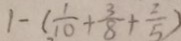
1 - ( \frac { 1 } { 1 0 } + \frac { 3 } { 8 } + \frac { 2 } { 5 } )